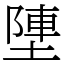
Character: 塦